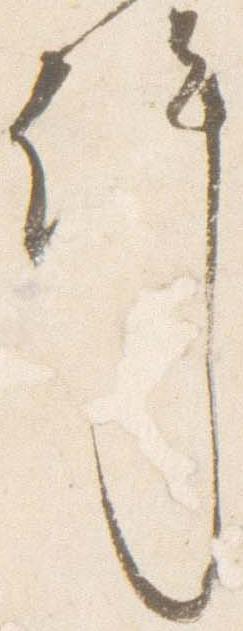
許